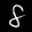
Label: 8